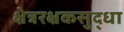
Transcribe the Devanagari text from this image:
क्षेत्ररक्षकसुद्धा